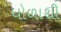
ધોળાથી